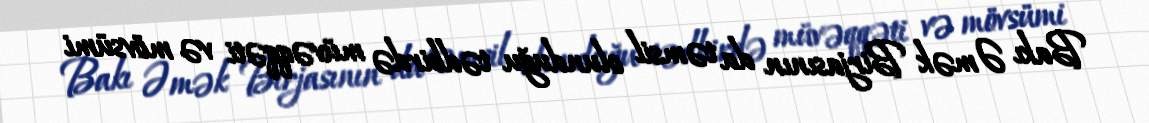
Bakı Əmək Birjasının da təmsil olunduğu tədbirdə müvəqqəti və mövsümi